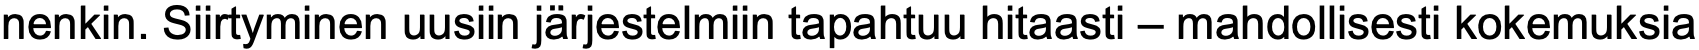
nenkin. Siirtyminen uusiin järjestelmiin tapahtuu hitaasti – mahdollisesti kokemuksia